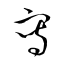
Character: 寫